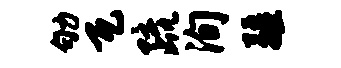
劬瓦疏洵疆